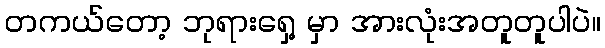
တကယ်တော့ ဘုရားရှေ့ မှာ အားလုံးအတူတူပါပဲ။